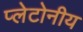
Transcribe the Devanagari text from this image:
प्लेटोनीय